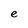
Character: e